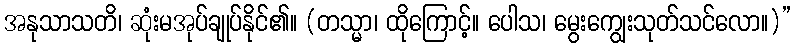
အနုသာသတိ၊ ဆုံးမအုပ်ချုပ်နိုင်၏။ (တသ္မာ၊ ထိုကြောင့်။ ပေါသ၊ မွေးကျွေးသုတ်သင်လော။)”